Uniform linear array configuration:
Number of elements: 64
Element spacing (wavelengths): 0.5
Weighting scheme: uniform
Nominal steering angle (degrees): -15
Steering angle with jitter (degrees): -16.19
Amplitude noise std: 0.05
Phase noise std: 0.05

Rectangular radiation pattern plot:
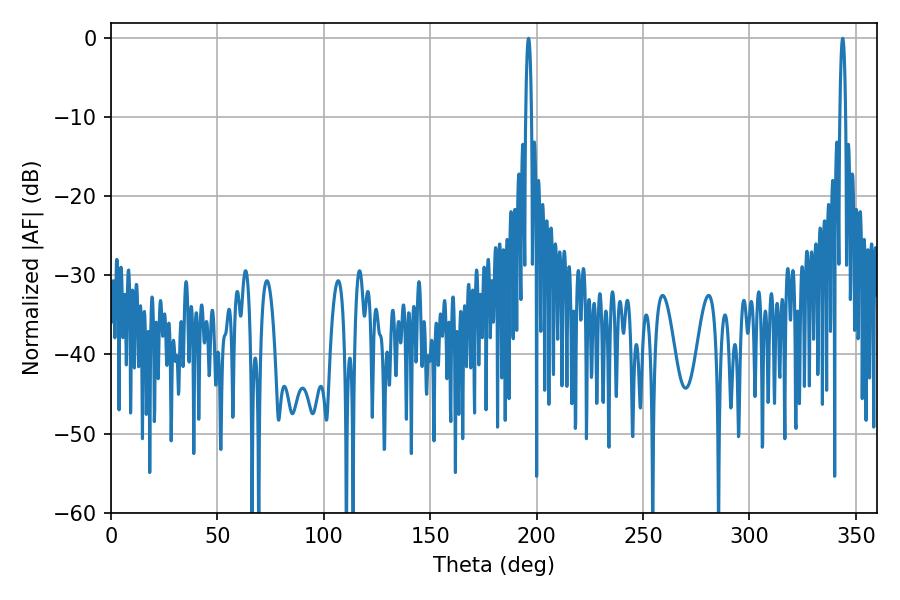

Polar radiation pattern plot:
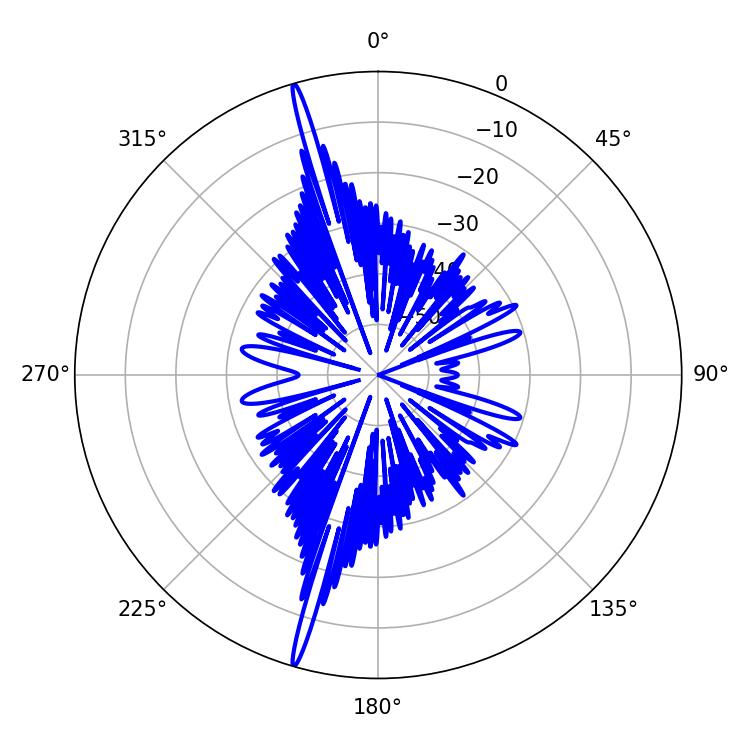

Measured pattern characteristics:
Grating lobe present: FALSE
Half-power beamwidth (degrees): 1.44
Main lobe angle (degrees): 343.8